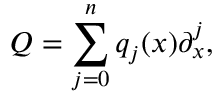
Q = \sum _ { j = 0 } ^ { n } q _ { j } ( x ) \partial _ { x } ^ { j } ,